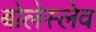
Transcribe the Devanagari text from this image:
बोलेस्लेव